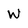
Character: W